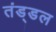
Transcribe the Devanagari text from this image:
तंड्डल